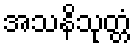
အသနိသုတ္တံ